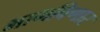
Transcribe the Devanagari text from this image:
भागविणार